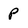
Character: p